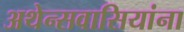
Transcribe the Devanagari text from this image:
अथेन्सवासियांना